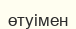
өтуімен